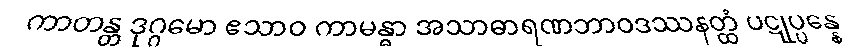
ကာတန္တ ဒုဂ္ဂမော ဧသာဝ ကာမန္ဓာ အသာဓာရဏဘာဝဒဿနတ္ထံ ပဋုပ္ပန္နေ